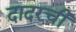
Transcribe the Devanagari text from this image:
दादरची